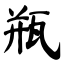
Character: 瓶